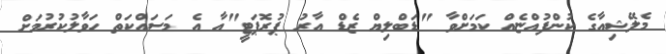
މެލޭޝިއާގެ ކުންފުއްޏެއް ކަމަށްވާ "ޑަބްލިޔް ޒެޑް އާރު ޕުރޮޕަޓީ"އާ އެ މަސައްކަތް ހަވާލުކުރުމަށް